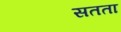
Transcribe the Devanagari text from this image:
सतता